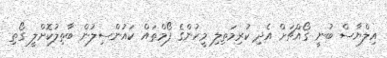
އިލްޔާސް ބުނީ ގޯއްޗަށް އެދި ކުރިމަތިލި މީހުންގެ ފޯމްތައް ކައުންސިލުން ބާތިލުކޮށްލީ ގޯތި